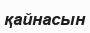
қайнасын